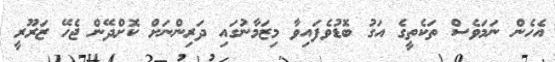
އެހެން ނަމަވެސް ތަކެތީގެ އަގު ބޮޑުވެފައިވާ މިޒަމާނުގައި ދަރިންނަށް ކޮށްދޭން ޖެހޭ ޒަރޫރީ